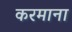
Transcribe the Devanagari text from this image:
करमाना